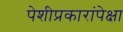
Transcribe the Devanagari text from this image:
पेशीप्रकारांपेक्षा